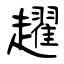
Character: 趯